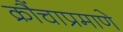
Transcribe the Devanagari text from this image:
क्रौंचाप्रमाणे